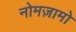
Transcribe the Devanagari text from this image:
नोमज़ामो